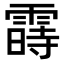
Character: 𬰈